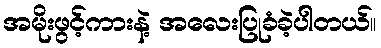
အမိုးဖွင့်ကားနဲ့ အလေးပြုခံခဲ့ပါတယ်။